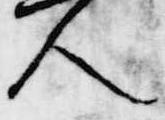
人